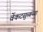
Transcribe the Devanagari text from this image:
वेंकटसुब्बय्या